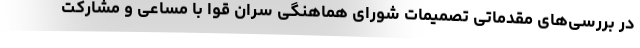
در بررسی‌های مقدماتی تصمیمات شورای هماهنگی سران قوا با مساعی و مشارکت